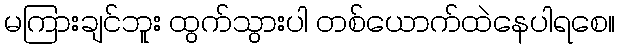
မကြားချင်ဘူး ထွက်သွားပါ တစ်ယောက်ထဲနေပါရစေ။